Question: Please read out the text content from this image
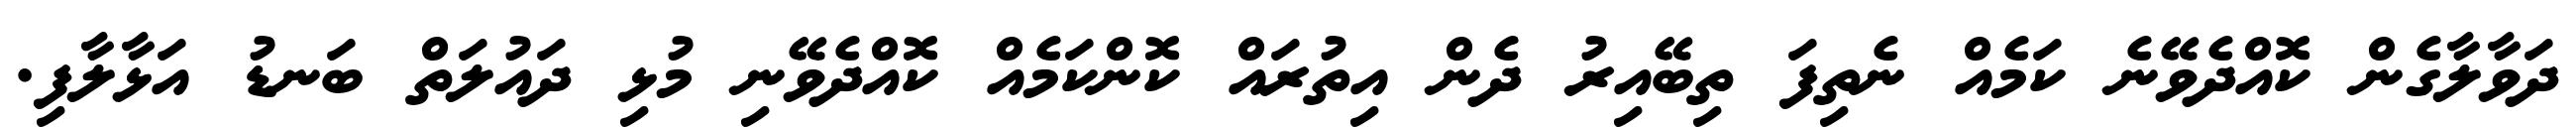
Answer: ދަވާލާގެން ކޮއްދެވޭނެ ކަމެއް ނެތިފަ ތިބޭއިރު ދެން އިތުރައް ކޮންކަމެއް ކޮއްދެވޭނި މުޅި ދައުލަތް ބަނޑު އަޅާލާފި.